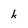
Character: k